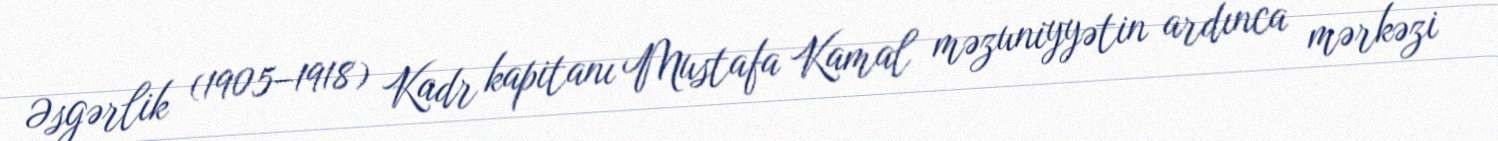
Əsgərlik (1905–1918) Kadr kapitanı Mustafa Kamal məzuniyyətin ardınca mərkəzi